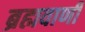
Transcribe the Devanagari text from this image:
ब्रह्मवाणी